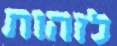
לזהות